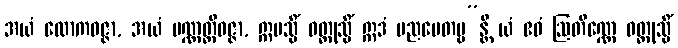
အယံ လောကဝဇ္ဇာ, အယံ ပဏ္ဏတ္တိဝဇ္ဇာ, ဣမသ္မိံ ဝတ္ထုသ္မိံ ဣဒံ ပညပေတဗ္ဗ”န္တိ ယံ ဧဝံ ဩတိဏ္ဏေ ဝတ္ထုသ္မိံ